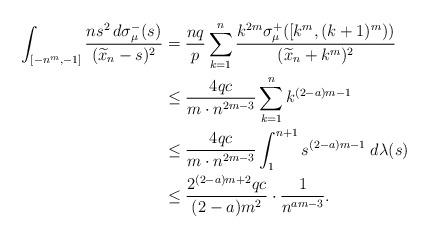
LaTeX: \begin{align*}\int_{[-n^m,-1]}\frac{ns^{2}\,d\sigma_{\mu}^{-}(s)}{(\widetilde{x}_n-s)^{2}}&=\frac{nq}{p}\sum_{k=1}^n\frac{k^{2m}\sigma_{\mu}^{+}([k^m,(k+1)^m))}{(\widetilde{x}_n+k^m)^2} \\&\leq\frac{4qc}{m\cdot n^{2m-3}}\sum_{k=1}^nk^{(2-a)m-1} \\&\leq\frac{4qc}{m\cdot n^{2m-3}}\int_1^{n+1}s^{(2-a)m-1}\;d\lambda(s) \\&\leq\frac{2^{(2-a)m+2}qc}{(2-a)m^2}\cdot\frac{1}{n^{am-3}}.\end{align*}